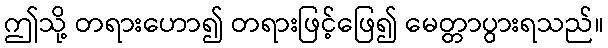
ဤသို့ တရားဟော၍ တရားဖြင့်ဖြေ၍ မေတ္တာပွားရသည်။